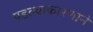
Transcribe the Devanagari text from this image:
पडल्याकारणाने